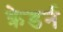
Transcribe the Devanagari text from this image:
क्रेडर्न